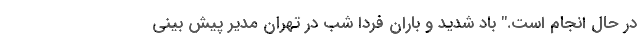
در حال انجام است." باد شدید و باران فردا شب در تهران مدیر پیش بینی